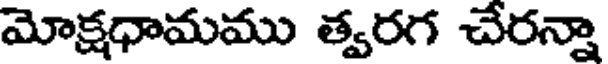
మోక్షధామము త్వరగ చేరన్నా